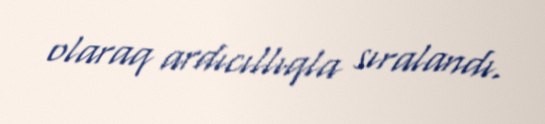
olaraq ardıcıllıqla sıralandı.